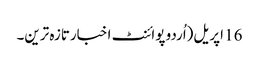
16 اپریل(اُردو پوائنٹ اخبارتازہ ترین۔